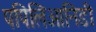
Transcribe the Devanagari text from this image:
पपिलिआनिडी